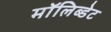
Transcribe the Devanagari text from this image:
मॉलिब्डेट